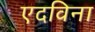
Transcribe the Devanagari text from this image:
एदविना